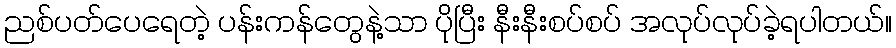
ညစ်ပတ်ပေရေတဲ့ ပန်းကန်တွေနဲ့သာ ပိုပြီး နီးနီးစပ်စပ် အလုပ်လုပ်ခဲ့ရပါတယ်။